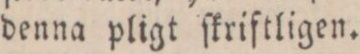
denna pligt ſkriftligen.